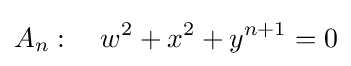
A_{n}:\quad w^{2}+x^{2}+y^{n+1}=0